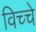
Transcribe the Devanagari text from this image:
विच्चे